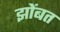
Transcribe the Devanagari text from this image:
झोंबत